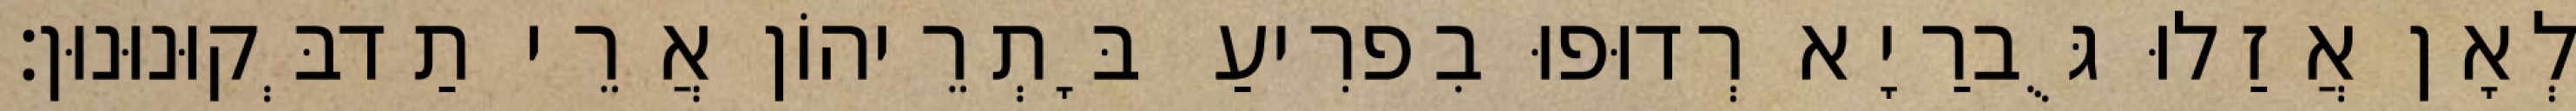
לְאָן אֲזַלוּ גֻּברַיָא רְדוּפוּ בִפרִיעַ בָּתְרֵיהוֹן אֲרֵי תַדבְּקוּנוּנוּן׃